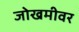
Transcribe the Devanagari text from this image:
जोखमीवर